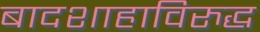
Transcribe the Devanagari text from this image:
बादशाहाविरुद्ध